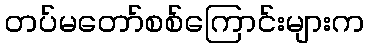
တပ်မတော်စစ်ကြောင်းများက